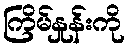
ကြိမ်နှုန်းကို